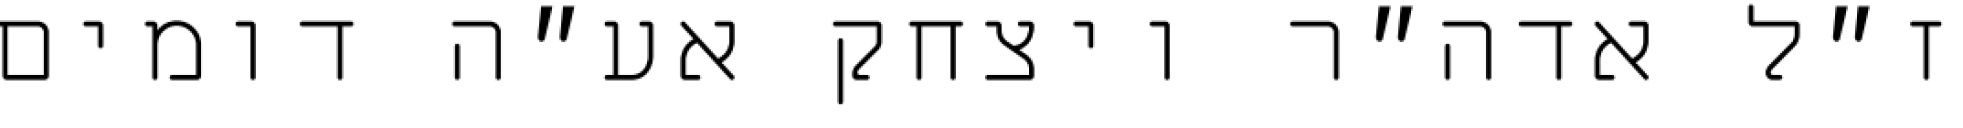
ז״ל אדה״ר ויצחק אע״ה דומים